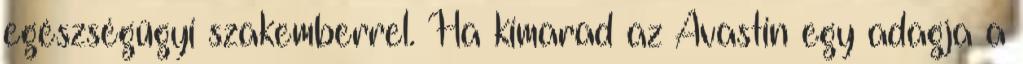
egészségügyi szakemberrel. Ha kimarad az Avastin egy adagja a